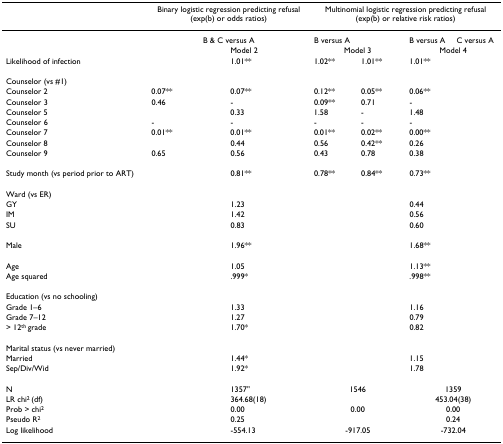
<table><thead><tr><td>[EMPTY_CELL]</td><td colspan="2"><b>Binary logistic regression predicting refusal(exp(b) or odds ratios)</b></td><td colspan="4"><b>Multinomial logistic regression predicting refusal(exp(b) or relative risk ratios)</b></td></tr></thead><tbody><tr><td>[EMPTY_CELL]</td><td colspan="2">B &amp; C versus A</td><td>B versus A</td><td>[EMPTY_CELL]</td><td>B versus A</td><td>C versus A</td></tr><tr><td>[EMPTY_CELL]</td><td>[EMPTY_CELL]</td><td>Model 2</td><td colspan="2">Model 3</td><td colspan="2">Model 4</td></tr><tr><td>Likelihood of infection</td><td>[EMPTY_CELL]</td><td>1.01**</td><td>1.02**</td><td>1.01**</td><td>1.01**</td><td>[EMPTY_CELL]</td></tr><tr><td>Counselor (vs #1)</td><td>[EMPTY_CELL]</td><td>[EMPTY_CELL]</td><td>[EMPTY_CELL]</td><td>[EMPTY_CELL]</td><td>[EMPTY_CELL]</td><td>[EMPTY_CELL]</td></tr><tr><td>Counselor 2</td><td>0.07**</td><td>0.07**</td><td>0.12**</td><td>0.05**</td><td>0.06**</td><td>[EMPTY_CELL]</td></tr><tr><td>Counselor 3</td><td>0.46</td><td>-</td><td>0.09**</td><td>0.71</td><td>-</td><td>[EMPTY_CELL]</td></tr><tr><td>Counselor 5</td><td>[EMPTY_CELL]</td><td>0.33</td><td>1.58</td><td>-</td><td>1.48</td><td>[EMPTY_CELL]</td></tr><tr><td>Counselor 6</td><td>-</td><td>-</td><td>-</td><td>-</td><td>-</td><td>[EMPTY_CELL]</td></tr><tr><td>Counselor 7</td><td>0.01**</td><td>0.01**</td><td>0.01**</td><td>0.02**</td><td>0.00**</td><td>[EMPTY_CELL]</td></tr><tr><td>Counselor 8</td><td>[EMPTY_CELL]</td><td>0.44</td><td>0.56</td><td>0.42**</td><td>0.26</td><td>[EMPTY_CELL]</td></tr><tr><td>Counselor 9</td><td>0.65</td><td>0.56</td><td>0.43</td><td>0.78</td><td>0.38</td><td>[EMPTY_CELL]</td></tr><tr><td>Study month (vs period prior to ART)</td><td>[EMPTY_CELL]</td><td>0.81**</td><td>0.78**</td><td>0.84**</td><td>0.73**</td><td>[EMPTY_CELL]</td></tr><tr><td>Ward (vs ER)</td><td>[EMPTY_CELL]</td><td>[EMPTY_CELL]</td><td>[EMPTY_CELL]</td><td>[EMPTY_CELL]</td><td>[EMPTY_CELL]</td><td>[EMPTY_CELL]</td></tr><tr><td>GY</td><td>[EMPTY_CELL]</td><td>1.23</td><td>[EMPTY_CELL]</td><td>[EMPTY_CELL]</td><td>0.44</td><td>[EMPTY_CELL]</td></tr><tr><td>IM</td><td>[EMPTY_CELL]</td><td>1.42</td><td>[EMPTY_CELL]</td><td>[EMPTY_CELL]</td><td>0.56</td><td>[EMPTY_CELL]</td></tr><tr><td>SU</td><td>[EMPTY_CELL]</td><td>0.83</td><td>[EMPTY_CELL]</td><td>[EMPTY_CELL]</td><td>0.60</td><td>[EMPTY_CELL]</td></tr><tr><td>Male</td><td>[EMPTY_CELL]</td><td>1.96**</td><td>[EMPTY_CELL]</td><td>[EMPTY_CELL]</td><td>1.68**</td><td>[EMPTY_CELL]</td></tr><tr><td>Age</td><td>[EMPTY_CELL]</td><td>1.05</td><td>[EMPTY_CELL]</td><td>[EMPTY_CELL]</td><td>1.13**</td><td>[EMPTY_CELL]</td></tr><tr><td>Age squared</td><td>[EMPTY_CELL]</td><td>.999*</td><td>[EMPTY_CELL]</td><td>[EMPTY_CELL]</td><td>.998**</td><td>[EMPTY_CELL]</td></tr><tr><td>Education (vs no schooling)</td><td>[EMPTY_CELL]</td><td>[EMPTY_CELL]</td><td>[EMPTY_CELL]</td><td>[EMPTY_CELL]</td><td>[EMPTY_CELL]</td><td>[EMPTY_CELL]</td></tr><tr><td>Grade 1–6</td><td>[EMPTY_CELL]</td><td>1.33</td><td>[EMPTY_CELL]</td><td>[EMPTY_CELL]</td><td>1.16</td><td>[EMPTY_CELL]</td></tr><tr><td>Grade 7–12</td><td>[EMPTY_CELL]</td><td>1.27</td><td>[EMPTY_CELL]</td><td>[EMPTY_CELL]</td><td>0.79</td><td>[EMPTY_CELL]</td></tr><tr><td>&gt; 12<sup>th </sup>grade</td><td>[EMPTY_CELL]</td><td>1.70*</td><td>[EMPTY_CELL]</td><td>[EMPTY_CELL]</td><td>0.82</td><td>[EMPTY_CELL]</td></tr><tr><td>Marital status (vs never married)</td><td>[EMPTY_CELL]</td><td>[EMPTY_CELL]</td><td>[EMPTY_CELL]</td><td>[EMPTY_CELL]</td><td>[EMPTY_CELL]</td><td>[EMPTY_CELL]</td></tr><tr><td>Married</td><td>[EMPTY_CELL]</td><td>1.44*</td><td>[EMPTY_CELL]</td><td>[EMPTY_CELL]</td><td>1.15</td><td>[EMPTY_CELL]</td></tr><tr><td>Sep/Div/Wid</td><td>[EMPTY_CELL]</td><td>1.92*</td><td>[EMPTY_CELL]</td><td>[EMPTY_CELL]</td><td>1.78</td><td>[EMPTY_CELL]</td></tr><tr><td>N</td><td>[EMPTY_CELL]</td><td>1357"</td><td colspan="2">1546</td><td colspan="2">1359</td></tr><tr><td>LR chi<sup>2 </sup>(df)</td><td>[EMPTY_CELL]</td><td>364.68(18)</td><td colspan="2">[EMPTY_CELL]</td><td colspan="2">453.04(38)</td></tr><tr><td>Prob &gt; chi<sup>2</sup></td><td>[EMPTY_CELL]</td><td>0.00</td><td colspan="2">0.00</td><td colspan="2">0.00</td></tr><tr><td>Pseudo R<sup>2</sup></td><td>[EMPTY_CELL]</td><td>0.25</td><td colspan="2">[EMPTY_CELL]</td><td colspan="2">0.24</td></tr><tr><td>Log likelihood</td><td>[EMPTY_CELL]</td><td>-554.13</td><td colspan="2">-917.05</td><td colspan="2">-732.04</td></tr></tbody></table>